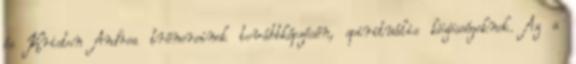
és Kriston Andrea trénereinek továbbképzésén, spirituális közösségeknek. Az a